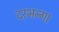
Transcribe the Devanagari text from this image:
दरभन्गा